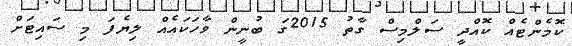
ކޮމެންޓެެއް ކޮއްދީ ސަލްމިސް ގާތު 2015ގަ ބުނީން ވާހަކައެއް ލިޔެފަ މި ސައިޓަށް